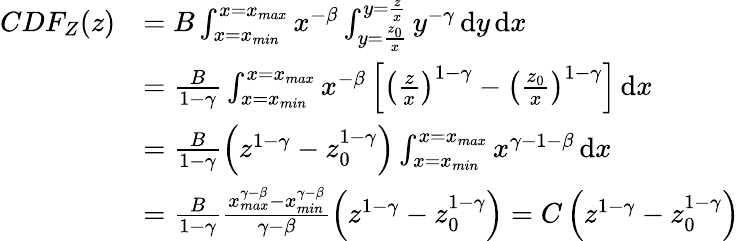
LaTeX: \begin{array}{rl}{CDF_{Z}(z)}&{=B\int_{x=x_{min}}^{x=x_{max}}x^{-\beta}\int_{y=\frac{z_{0}}{x}}^{y=\frac{z}{x}}y^{-\gamma}\, \mathrm{d}y\, \mathrm{d}x}\\ &{=\frac{B}{1-\gamma}\int_{x=x_{min}}^{x=x_{max}}x^{-\beta}\left[\left(\frac{z}{x}\right)^{1-\gamma}-\left(\frac{z_{0}}{x}\right)^{1-\gamma}\right]\, \mathrm{d}x}\\ &{=\frac{B}{1-\gamma}\left(z^{1-\gamma}-z_{0}^{1-\gamma}\right)\int_{x=x_{min}}^{x=x_{max}}x^{\gamma-1-\beta}\, \mathrm{d}x}\\ &{=\frac{B}{1-\gamma}\frac{x_{max}^{\gamma-\beta}-x_{min}^{\gamma-\beta}}{\gamma-\beta}\left(z^{1-\gamma}-z_{0}^{1-\gamma}\right)=C\left(z^{1-\gamma}-z_{0}^{1-\gamma}\right)}\end{array}